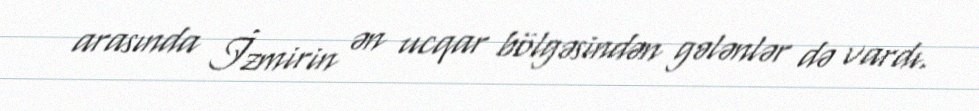
arasında İzmirin ən ucqar bölgəsindən gələnlər də vardı.